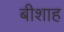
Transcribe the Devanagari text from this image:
बीशाह